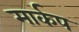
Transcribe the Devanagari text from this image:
मार्कप